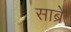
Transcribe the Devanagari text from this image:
साब्रे